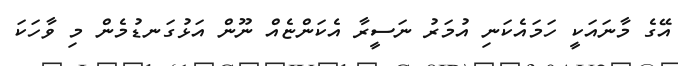
އޭގެ މާނައަކީ ހަމައެކަނި އުމަރު ނަސީރާ އެކަންޏެއް ނޫން އަޅުގަނޑުމެން މި ވާހަކަ